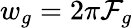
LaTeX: w_{g}=2\pi\mathcal{F}_{g}